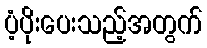
ပံ့ပိုးပေးသည့်အတွက်